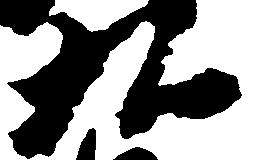
九